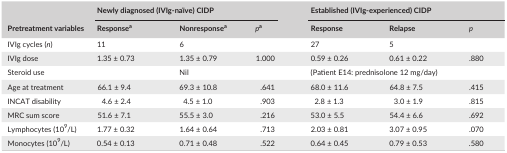
<table><thead><tr><td rowspan="2"><b>Pretreatment variables</b></td><td colspan="3"><b>Newly diagnosed (IVIg‐naïve) CIDP</b></td><td colspan="3"><b>Established (IVIg‐experienced) CIDP</b></td></tr><tr><td><b>Responsea</b></td><td><b>Nonresponsea</b></td><td><b><i>p</i>a</b></td><td><b>Response</b></td><td><b>Relapse</b></td><td><b><i>p</i></b></td></tr></thead><tbody><tr><td>IVIg cycles (<i>n</i>)</td><td>11</td><td>6</td><td></td><td>27</td><td>5</td><td></td></tr><tr><td>IVIg dose</td><td>1.35 ± 0.73</td><td>1.35 ± 0.79</td><td>1.000</td><td>0.59 ± 0.26</td><td>0.61 ± 0.22</td><td>.880</td></tr><tr><td>Steroid use</td><td></td><td>Nil</td><td></td><td colspan="3">(Patient E14: prednisolone 12 mg/day)</td></tr><tr><td>Age at treatment</td><td>66.1 ± 9.4</td><td>69.3 ± 10.8</td><td>.641</td><td>68.0 ± 11.6</td><td>64.8 ± 7.5</td><td>.415</td></tr><tr><td>INCAT disability</td><td>4.6 ± 2.4</td><td>4.5 ± 1.0</td><td>.903</td><td>2.8 ± 1.3</td><td>3.0 ± 1.9</td><td>.815</td></tr><tr><td>MRC sum score</td><td>51.6 ± 7.1</td><td>55.5 ± 3.0</td><td>.216</td><td>53.0 ± 5.5</td><td>54.4 ± 6.6</td><td>.692</td></tr><tr><td>Lymphocytes (10<sup>9</sup>/L)</td><td>1.77 ± 0.32</td><td>1.64 ± 0.64</td><td>.713</td><td>2.03 ± 0.81</td><td>3.07 ± 0.95</td><td>.070</td></tr><tr><td>Monocytes (10<sup>9</sup>/L)</td><td>0.54 ± 0.13</td><td>0.71 ± 0.48</td><td>.522</td><td>0.64 ± 0.45</td><td>0.79 ± 0.53</td><td>.580</td></tr></tbody></table>